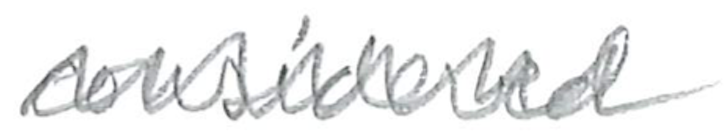
Text: considered
Cross-out: zig-zag
Writing tool: pencil